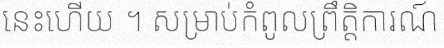
នេះហើយ ។ សម្រាប់កំពូលព្រឹត្តិការណ៍